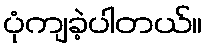
ပုံကျခဲ့ပါတယ်။